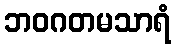
ဘဝဂတမသာရံ